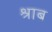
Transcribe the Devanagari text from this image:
श्राब